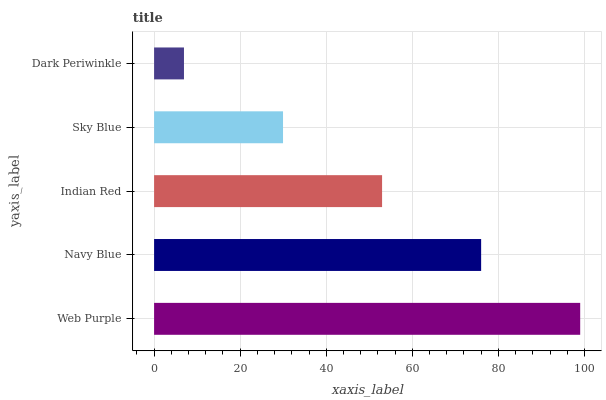
| yaxis_label | bars |
 | --- | --- |
 | Web Purple | 99 |
 | Navy Blue | 76 |
 | Indian Red | 53 |
 | Sky Blue | 30 |
 | Dark Periwinkle | 6.94 |